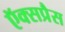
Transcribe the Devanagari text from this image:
ऍक्सप्रैस